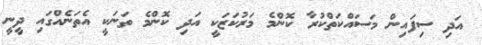
އަދި ސިފައިން މަސައްކަތްކުރާ ކޮންމެ މަރުކަޒަކީ އަދި ކޮންމެ ތަނަކީ އެތަނެއްގައި ދީނީ